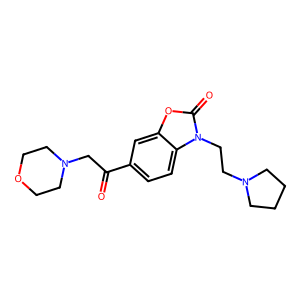
SMILES: O=C(CN1CCOCC1)c1ccc2c(c1)oc(=O)n2CCN1CCCC1
Inhibits HIV replication: No